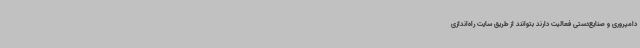
دامپروری و صنایع‌دستی فعالیت دارند بتوانند از طریق سایت راه‌اندازی